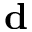
\mathbf { d }